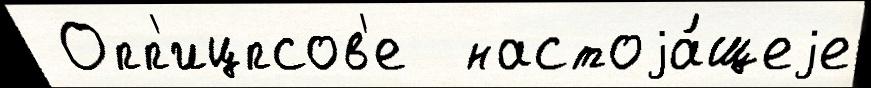
 Опп'ицпсов'е  настоjа́щеjе